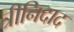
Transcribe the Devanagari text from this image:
त्रीनिदाद